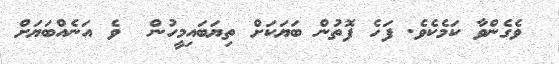
ވެގެންވާ ކަމެކެވެ. ފަހެ ފޮތުން ބަޔަކަށް ތިޔަބައިމީހުން  ވެ އަނެއްބަޔަށް